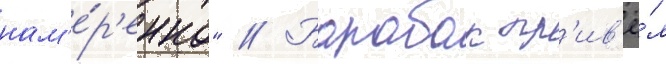
нам'е́р'енно" // Барабак пр'ив'ё́л